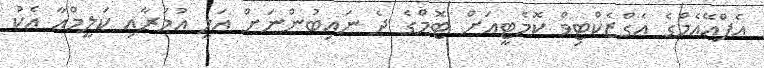
އެފްއޭއެމްގެ އެގްޒެކްޓިވް ކޮމެޓީއަށް ޓޮމްގެ ދެ ނައިބުންނަށް އަލީ އުމަރާއި ކަލީމްއާ އެކު